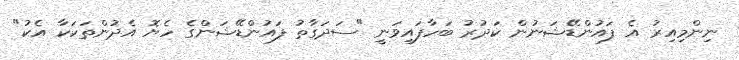
ނިންމިއިރު އެ ފައުންޑޭޝަނުން ކަދުރު ބަހާފައިވަނީ "ސަދަގާތު ފައުންޑޭޝަންގެ ހެޔޮ އެދުންތަކަކާ އެކު"